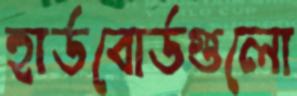
হার্ডবোর্ডগুলো